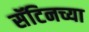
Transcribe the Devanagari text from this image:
सॅटिनच्या